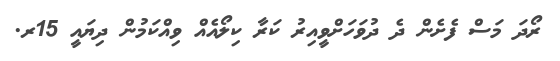
ރޯދަ މަސް ފެށެން ދެ ދުވަހަށްވީއިރު ކަރާ ކިލޯއެއް ވިއްކަމުން ދިޔައީ 15ރ.